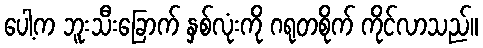
ပေါ့က ဘူးသီးခြောက် နှစ်လုံးကို ဂရုတစိုက် ကိုင်လာသည်။